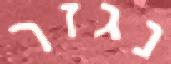
נגזר